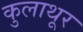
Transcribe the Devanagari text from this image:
कुलाथूर